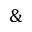
\&